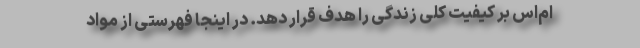
ام‌اس بر کیفیت کلی زندگی را هدف قرار دهد. در اینجا فهرستی از مواد